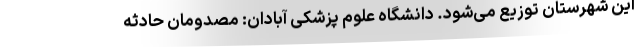
این شهرستان توزیع می‌شود. دانشگاه علوم پزشکی آبادان: مصدومان حادثه